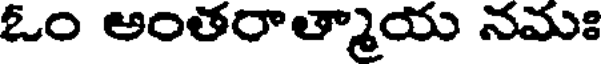
ఓం అంతరాత్మాయ నమః